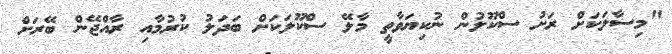
"މިސާލަކަށް ރަށު ސްކޫލުން ނުކިޔަވާތީ މާލޭ ސްކޫލަކަށް ބަދަލު ކުރުމާއި ރާއްޖޭން ބޭރަށް